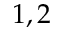
1 , 2